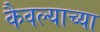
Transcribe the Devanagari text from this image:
कैवल्याच्या